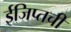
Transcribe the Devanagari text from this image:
ईजिप्तची